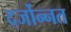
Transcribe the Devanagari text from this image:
दर्जोन्नत